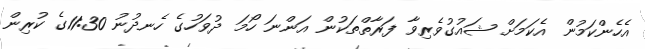
އެހެންކަމުން އެކަމަށް ޝައުގުވެރިވާ ފަރާތްތަކުން އަންނަ ހޯމަ ދުވަހުގެ ހެނދުނު 11:30ގެ ކުރިން